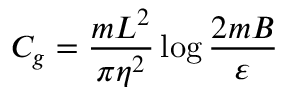
C _ { g } = \frac { m L ^ { 2 } } { \pi \eta ^ { 2 } } \log \frac { 2 m B } { \varepsilon }